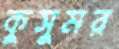
কুসুমর